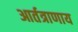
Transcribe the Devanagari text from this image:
आर्तत्राणाय